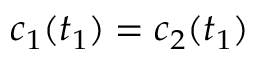
c _ { 1 } ( t _ { 1 } ) = c _ { 2 } ( t _ { 1 } )